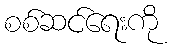
စစ်ဆင်ရေးကို